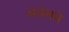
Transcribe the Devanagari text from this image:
अधेमधे